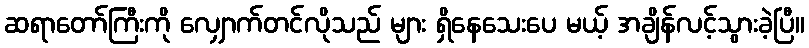
ဆရာတော်ကြီးကို လျှောက်တင်လိုသည် များ ရှိနေသေးပေ မယ့် အချိန်လင့်သွားခဲ့ပြီ။